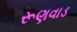
રૂણવાડ